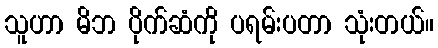
သူဟာ မိဘ ပိုက်ဆံကို ပရမ်းပတာ သုံးတယ်။